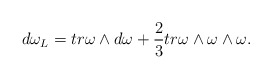
\begin{align*}d\omega_L = tr \omega \wedge d\omega +\frac{2}{3} tr \omega\wedge \omega \wedge \omega .\end{align*}